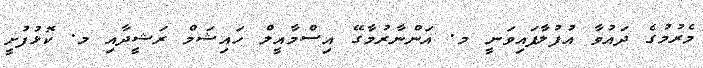
މެރުމުގެ ދައުވާ އުފުލާފައިވަނީ މ. އަންނާރުމާގޭ އިސްމާއީލް ހައިޝަމް ރަޝީދާއި މ. ކޮޅުފުށީ